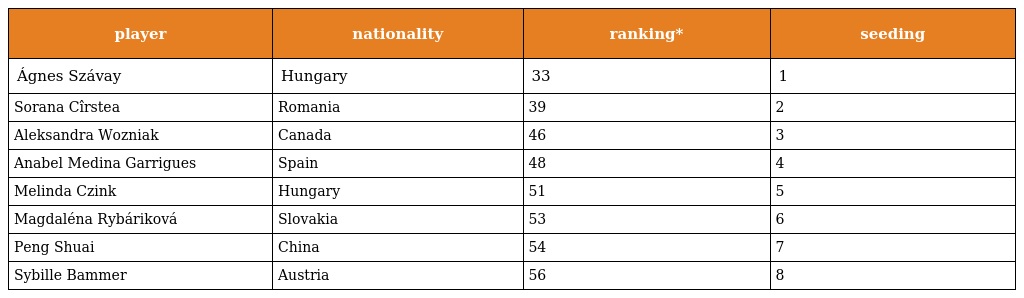
| player | nationality | ranking* | seeding |
 | --- | --- | --- | --- |
 | Ágnes Szávay | Hungary | 33 | 1 |
 | Sorana Cîrstea | Romania | 39 | 2 |
 | Aleksandra Wozniak | Canada | 46 | 3 |
 | Anabel Medina Garrigues | Spain | 48 | 4 |
 | Melinda Czink | Hungary | 51 | 5 |
 | Magdaléna Rybáriková | Slovakia | 53 | 6 |
 | Peng Shuai | China | 54 | 7 |
 | Sybille Bammer | Austria | 56 | 8 |